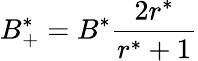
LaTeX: B_{+}^{*}=B^{*}\frac{2r^{*}}{r^{*}+1}